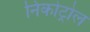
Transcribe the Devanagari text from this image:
निकोट्रोल